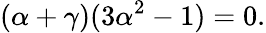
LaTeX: (\alpha+\gamma)(3\alpha^{2}-1)=0.